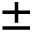
\pm